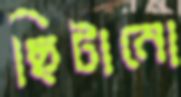
ছিটানো